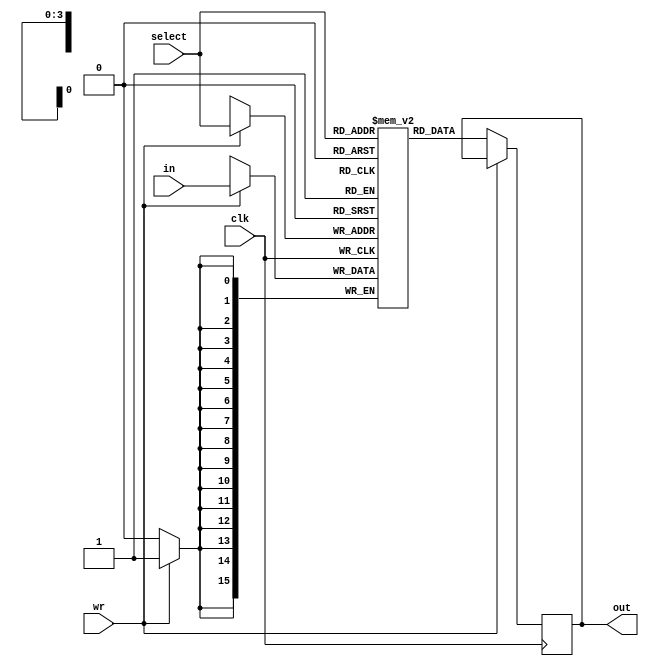
`timescale 1ns / 1ps
//////////////////////////////////////////////////////////////////////////////////
// Company: 
// Engineer: 
// 
// Design Name: 
// Module Name: ram16bit
// Project Name: 
// Target Devices: 
// Tool Versions: 
// Description: 
// 
// Dependencies: 
// 
// Revision:
// Revision 0.01 - File Created
// Additional Comments:
// 
//////////////////////////////////////////////////////////////////////////////////


module ram16bit(input clk,
input [15:0] in,
input [3:0]  select,
input wr,
output reg [15:0] out);
reg [15:0] ram [15:0];
always@(posedge clk)
begin
if (wr)
ram[select]<=in;
else
if (!wr)
out=ram[select];
else
out<=16'bzzzzzzzzzzzzzzzz;

end
endmodule